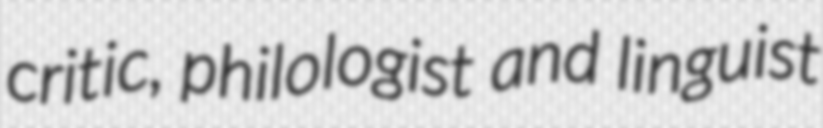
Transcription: critic, philologist and linguist